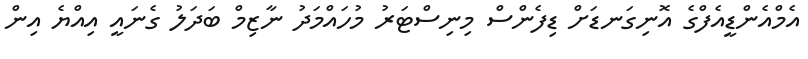
އެމްއެންޑީއެފްގެ އޮނިގަނޑަށް ޑިފެންސް މިނިސްޓަރު މުހައްމަދު ނާޒިމް ބަދަލު ގެނައީ އިއްޔެ އިން